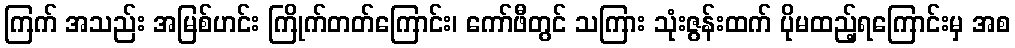
ကြက် အသည်း အမြစ်ဟင်း ကြိုက်တတ်ကြောင်း၊ ကော်ဖီတွင် သကြား သုံးဇွန်းထက် ပိုမထည့်ရကြောင်းမှ အစ